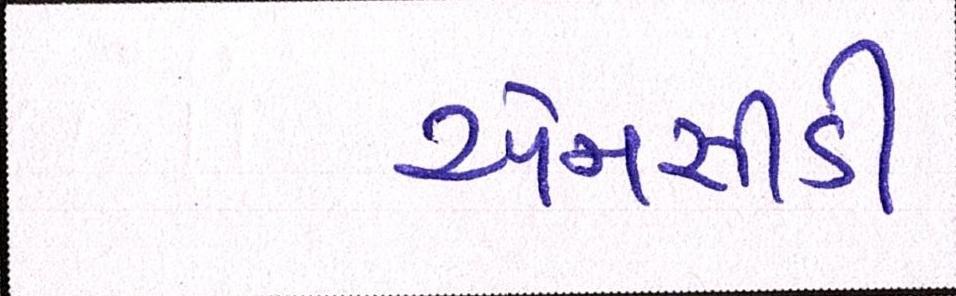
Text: એનસીડી